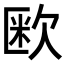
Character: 𭭏